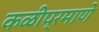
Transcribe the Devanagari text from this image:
कळीप्रमाणे